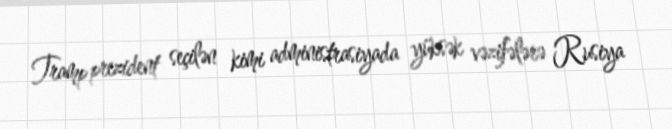
Tramp prezident seçilən kimi administrasiyada yüksək vəzifələrə Rusiya